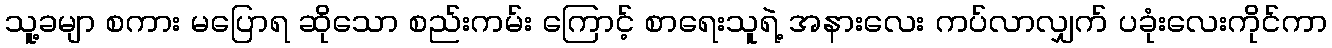
သူ့ခမျာ စကား မပြောရ ဆိုသော စည်းကမ်း ကြောင့် စာရေးသူရဲ့ အနားလေး ကပ်လာလျှက် ပခုံးလေးကိုင်ကာ